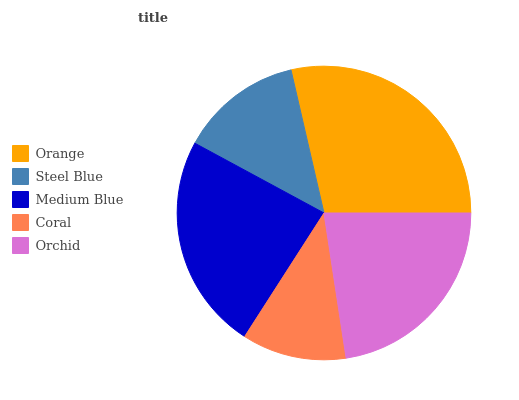
| Orange | Steel Blue | Medium Blue | Coral | Orchid |
 | --- | --- | --- | --- | --- |
 | 28.6% | 13.5% | 23.8% | 11.5% | 22.6% |